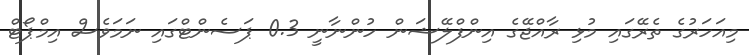
މިއަހަރުގެ ތެރޭގައި މުޅި ރާއްޖޭގެ އިންފްލޭޝަން ހުންނާނީ 0.3 ޕަސެންޓްގައި ނަމަވެސް އިމްޕޯޓް